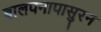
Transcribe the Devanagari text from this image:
बालपनापासुरन